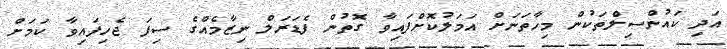
އަދި ކައުންސިލްތަކުން މިހާތަނަށް އަމަލުކޮށްފައިވާ ގޮތުން ފެޑަރަލް ނިޒާމެއްގެ ސިފަ ޖެހިފައިވާ ކަމަށް